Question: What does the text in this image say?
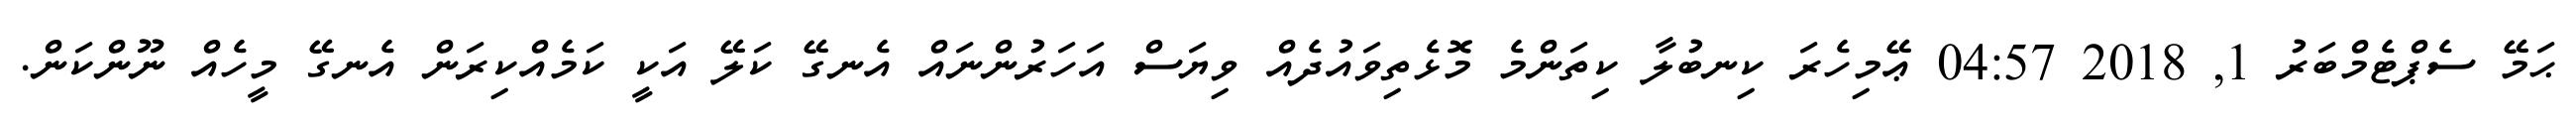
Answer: ޙަމޭ ސެޕްޓެމްބަރު 1, 2018 04:57 ޢޭމިހެރަ ކިނބުލާ ކިތަންމެ މޮޅެތިވައުދެއް ވިޔަސް އަހަރުންނައް އެނގޭ ކަލޭ އަކީ ކަމެއްކިރަން އެނގޭ މީހެއް ނޫންކަން.